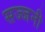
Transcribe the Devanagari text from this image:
सज्जनी